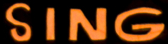
SING